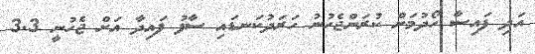
އަދި ފައިސާ ހޯދުމަށް ކުރަންޖެހުނު ހަރަދުކަނޑައި ސާފު ފައިދާ އަށް ޖެހުނީ 3.3